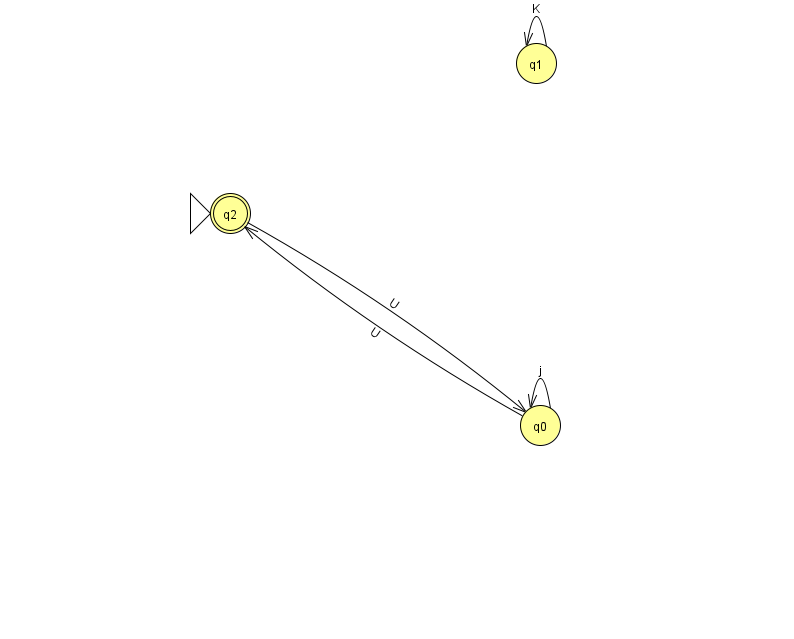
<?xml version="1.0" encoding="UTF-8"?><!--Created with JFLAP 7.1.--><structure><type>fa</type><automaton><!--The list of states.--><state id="0" name="q0"><x>540.0</x><y>412.0</y></state><state id="1" name="q1"><x>536.0</x><y>50.0</y></state><state id="2" name="q2"><x>230.0</x><y>200.0</y><initial/><final/></state><!--The list of transitions.--><transition><from>0</from><to>2</to><read>U</read></transition><transition><from>2</from><to>0</to><read>U</read></transition><transition><from>0</from><to>0</to><read>j</read></transition><transition><from>1</from><to>1</to><read>K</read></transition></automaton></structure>